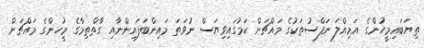
ތިޔަބައިމީހުންގެ އަމިއްލަ ނަފްސުތަކުގެ މައްޗަށް ކަމުގައިވިޔަސް ނުވަތަ މައިންބަފައިންނާއި ގާތްތިމާގެ މީހުންގެ މައްޗަށް